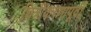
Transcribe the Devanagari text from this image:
चित्रीकरणापूर्वी